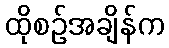
ထိုစဉ်အချိန်က